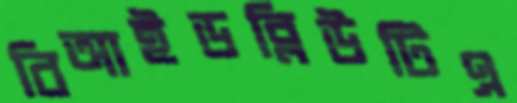
বিআইডব্লিউটিএ